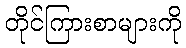
တိုင်ကြားစာများကို